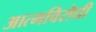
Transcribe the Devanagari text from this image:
आत्मविरोधी